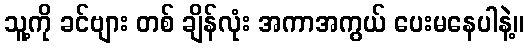
သူ့ကို ခင်ဗျား တစ် ချိန်လုံး အကာအကွယ် ပေးမနေပါနဲ့။